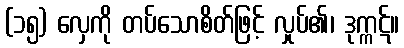
(၁၅) လှေကို တပ်သောစိတ်ဖြင့် လှုပ်၏၊ ဒုက္ကဋ်။